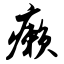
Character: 癞